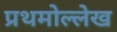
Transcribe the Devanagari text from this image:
प्रथमोल्लेख